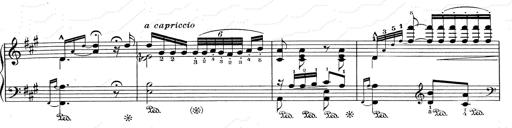
Title: RÃ©miniscences de Don Juan
Composer: Franz Liszt